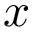
x